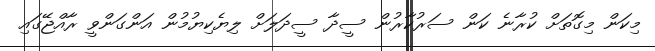
މިކަން މިގޮތަށް ކުރާނެ ކަން ސަރުކާރުން ސީދާ ސީދަލަށް ލިޔެކިޔުމުން އަންގަންވީ ރާއްޖޭގައި